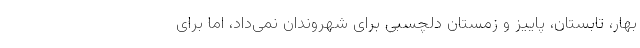
بهار، تابستان، پاییز و زمستان دلچسبی برای شهروندان نمی‌داد، اما برای